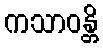
ကသာဝန္တိ